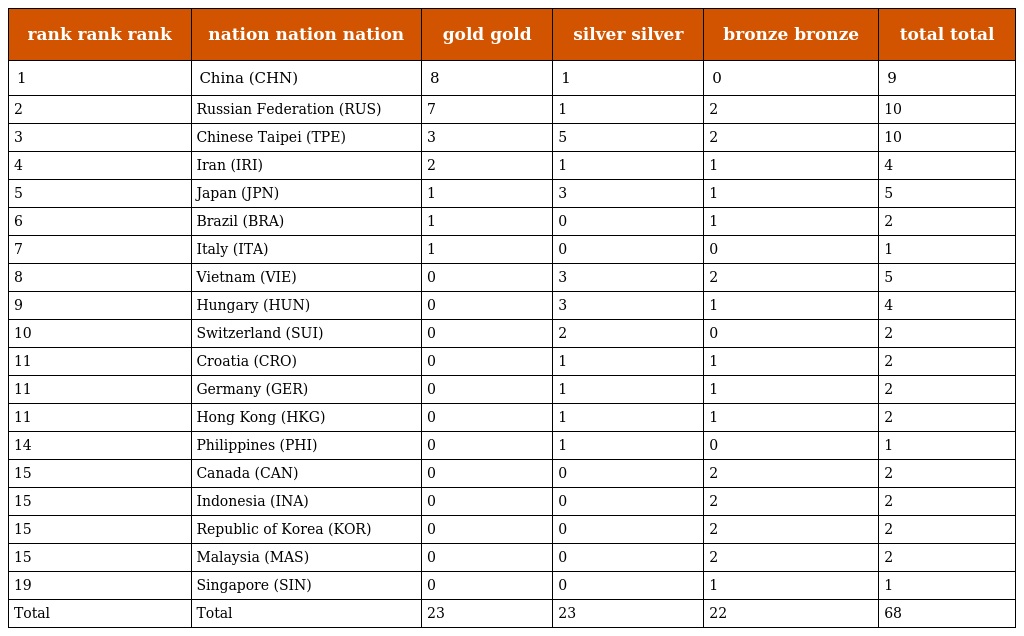
| rank rank rank | nation nation nation | gold  gold | silver  silver | bronze  bronze | total  total |
 | --- | --- | --- | --- | --- | --- |
 | 1 | China (CHN) | 8 | 1 | 0 | 9 |
 | 2 | Russian Federation (RUS) | 7 | 1 | 2 | 10 |
 | 3 | Chinese Taipei (TPE) | 3 | 5 | 2 | 10 |
 | 4 | Iran (IRI) | 2 | 1 | 1 | 4 |
 | 5 | Japan (JPN) | 1 | 3 | 1 | 5 |
 | 6 | Brazil (BRA) | 1 | 0 | 1 | 2 |
 | 7 | Italy (ITA) | 1 | 0 | 0 | 1 |
 | 8 | Vietnam (VIE) | 0 | 3 | 2 | 5 |
 | 9 | Hungary (HUN) | 0 | 3 | 1 | 4 |
 | 10 | Switzerland (SUI) | 0 | 2 | 0 | 2 |
 | 11 | Croatia (CRO) | 0 | 1 | 1 | 2 |
 | 11 | Germany (GER) | 0 | 1 | 1 | 2 |
 | 11 | Hong Kong (HKG) | 0 | 1 | 1 | 2 |
 | 14 | Philippines (PHI) | 0 | 1 | 0 | 1 |
 | 15 | Canada (CAN) | 0 | 0 | 2 | 2 |
 | 15 | Indonesia (INA) | 0 | 0 | 2 | 2 |
 | 15 | Republic of Korea (KOR) | 0 | 0 | 2 | 2 |
 | 15 | Malaysia (MAS) | 0 | 0 | 2 | 2 |
 | 19 | Singapore (SIN) | 0 | 0 | 1 | 1 |
 | Total： | Total： | 23 | 23 | 22 | 68 |